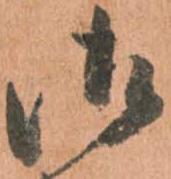
御